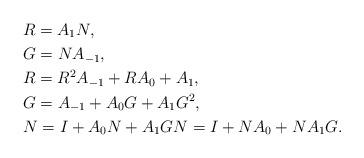
LaTeX: \begin{align*}&R = A_1 N, \\&G = N A_{-1}, \\&R = R^2 A_{-1}+R A_0+ A_1, \\&G = A_{-1}+ A_0 G+ A_1 G^2, \\&N = I+A_0 N+A_1 G N = I+N A_0+N A_1 G. \end{align*}